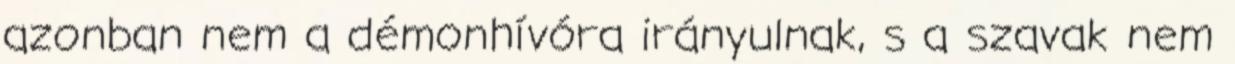
azonban nem a démonhívóra irányulnak, s a szavak nem